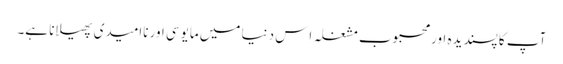
آپ کا پسندیدہ اور محبوب مشغلہ اِس دنیا میں مایوسی اور ناامیدی پھیلانا ہے۔